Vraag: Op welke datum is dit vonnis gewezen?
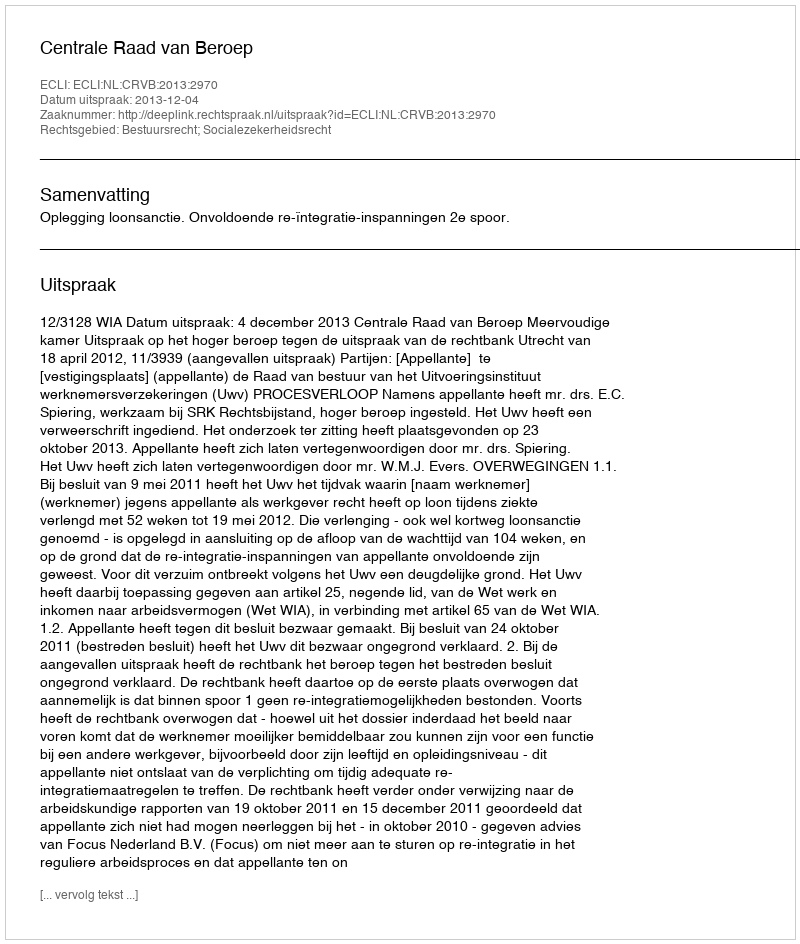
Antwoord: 2013-12-04